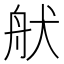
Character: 𦨚